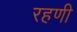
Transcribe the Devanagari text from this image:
रहणी